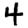
Digit: 4